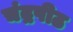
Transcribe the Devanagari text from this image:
चंद्रपीठ